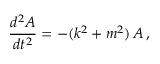
\frac { d ^ { 2 } A } { d t ^ { 2 } } = - ( k ^ { 2 } + m ^ { 2 } ) \, A \, ,